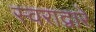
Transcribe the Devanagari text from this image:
स्वराद्वारे